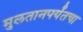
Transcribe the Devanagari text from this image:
मुलतानपर्यंतचा